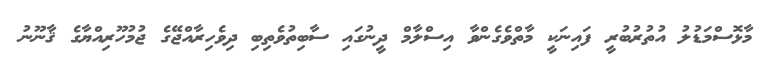
މާޅޮސްމަޑުލު އުތުރުބުރީ ފައިނަކީ މާތްވެގެންވާ އިސްލާމް ދީނުގައި ސާބިތުވެތިބި ދިވެހިރާއްޖޭގެ ޖުމުހޫރިއްޔާގެ ޤާނޫނު